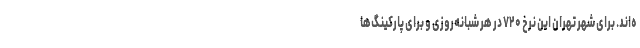
ه‌اند. برای شهر تهران این نرخ ۷۲۰ در هر شبانه‌روزی و برای پارکینگ‌ها